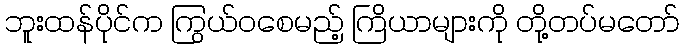
ဘူးထန်ပိုင်က ကြွယ်ဝစေမည့် ကြိယာများကို တို့တပ်မတော်